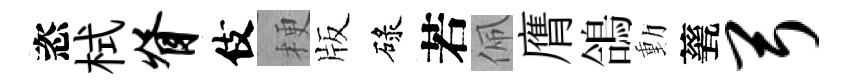
恣栻脊伎梗版碌若佩膺鴿動甆弓